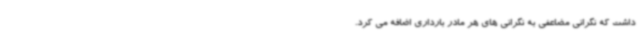
داشت که نگرانی مضاعفی به نگرانی های هر مادر بارداری اضافه می کرد.